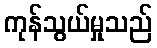
ကုန်သွယ်မှုသည်